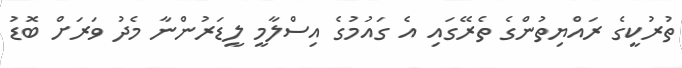
ތުރުކީގެ ރައްޔިތުންގެ ތެރޭގައި އެ ގައުމުގެ އިސްލާމީ ލީޑަރުންނާ މެދު ވަރަށް ބޮޑު